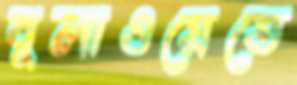
বুলাওয়েতে